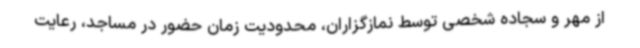
از مهر و سجاده شخصی توسط نمازگزاران، محدودیت زمان حضور در مساجد، رعایت